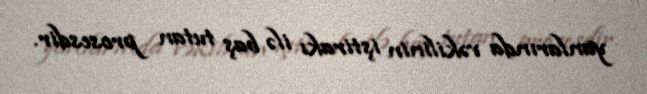
yanlarında vəkilinin iştirakı ilə baş tutan prosesdir.